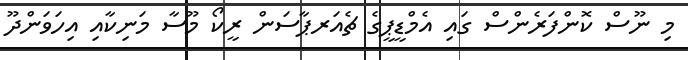
މި ނޫސް ކޮންފަރެންސް ގައި އެމްޑީޕީގެ ޗެއަރޕާސަން ރީކޯ މޫސާ މަނިކާއި އިހަވަންދޫ